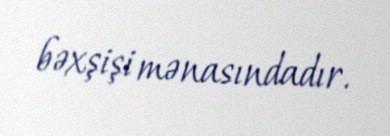
bəxşişi mənasındadır.